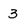
Character: 3